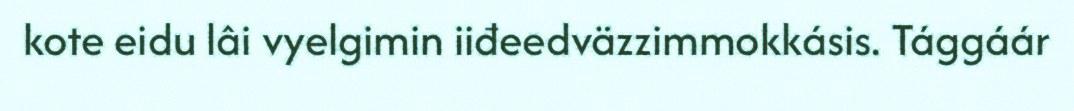
kote eidu lâi vyelgimin iiđeedväzzimmokkásis. Tággáár